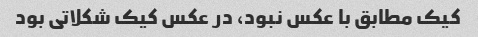
کیک مطابق با عکس نبود، در عکس کیک شکلاتی بود